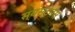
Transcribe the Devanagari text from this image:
स्यस्टमस